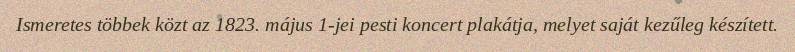
Ismeretes többek közt az 1823. május 1-jei pesti koncert plakátja, melyet saját kezűleg készített.